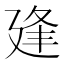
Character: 𢌢